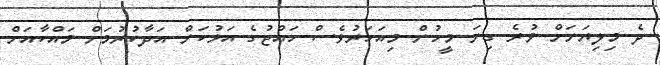
ދެ މިލިޔަނަށް ވުރެ ގިނަ މީހުން މިއަހަރުވެސް ހައްޖުގެ އަޅުކަން އަދާކުރުމަށް މައްކާއަށް